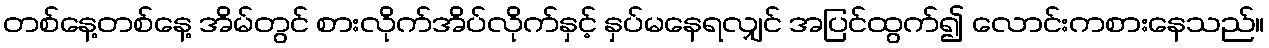
တစ်နေ့တစ်နေ့ အိမ်တွင် စားလိုက်အိပ်လိုက်နှင့် နှပ်မနေရလျှင် အပြင်ထွက်၍ လောင်းကစားနေသည်။